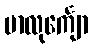
မာလုင်္ကျော